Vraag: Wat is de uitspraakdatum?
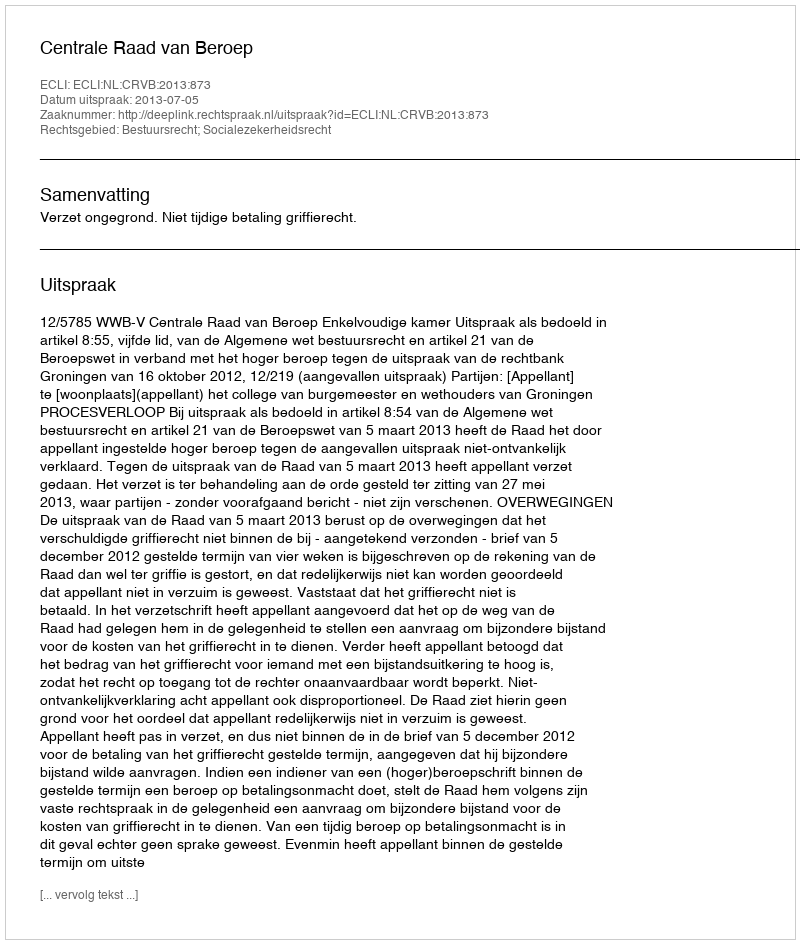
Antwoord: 2013-07-05